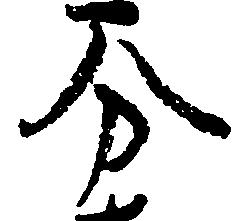
分